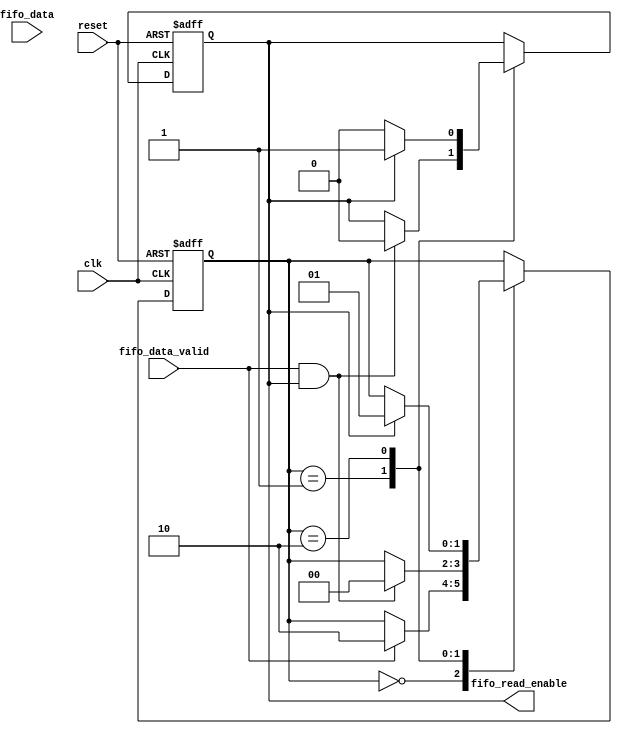
module timing_control_and_sync (
    input clk,
    input reset,
    input fifo_data_valid,
    input fifo_data,
    output reg fifo_read_enable
);

reg [1:0] state;

parameter IDLE = 2'b00;
parameter WAIT_FOR_VALID = 2'b01;
parameter WAIT_FOR_READ_ENABLE = 2'b10;

always @ (posedge clk or posedge reset)
begin
    if (reset) begin
        state <= IDLE;
        fifo_read_enable <= 0;
    end else begin
        case (state)
            IDLE:
                if (fifo_data_valid) begin
                    state <= WAIT_FOR_READ_ENABLE;
                end
            WAIT_FOR_VALID:
                if (fifo_data_valid && fifo_read_enable) begin
                    state <= IDLE;
                    fifo_read_enable <= 0;
                end
            WAIT_FOR_READ_ENABLE:
                if (fifo_read_enable) begin
                    state <= WAIT_FOR_VALID;
                    fifo_read_enable <= 1;
                end
        endcase
    end
end

endmodule